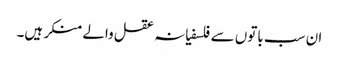
ان سب باتوں سے فلسفیانہ عقل والے منکر ہیں۔